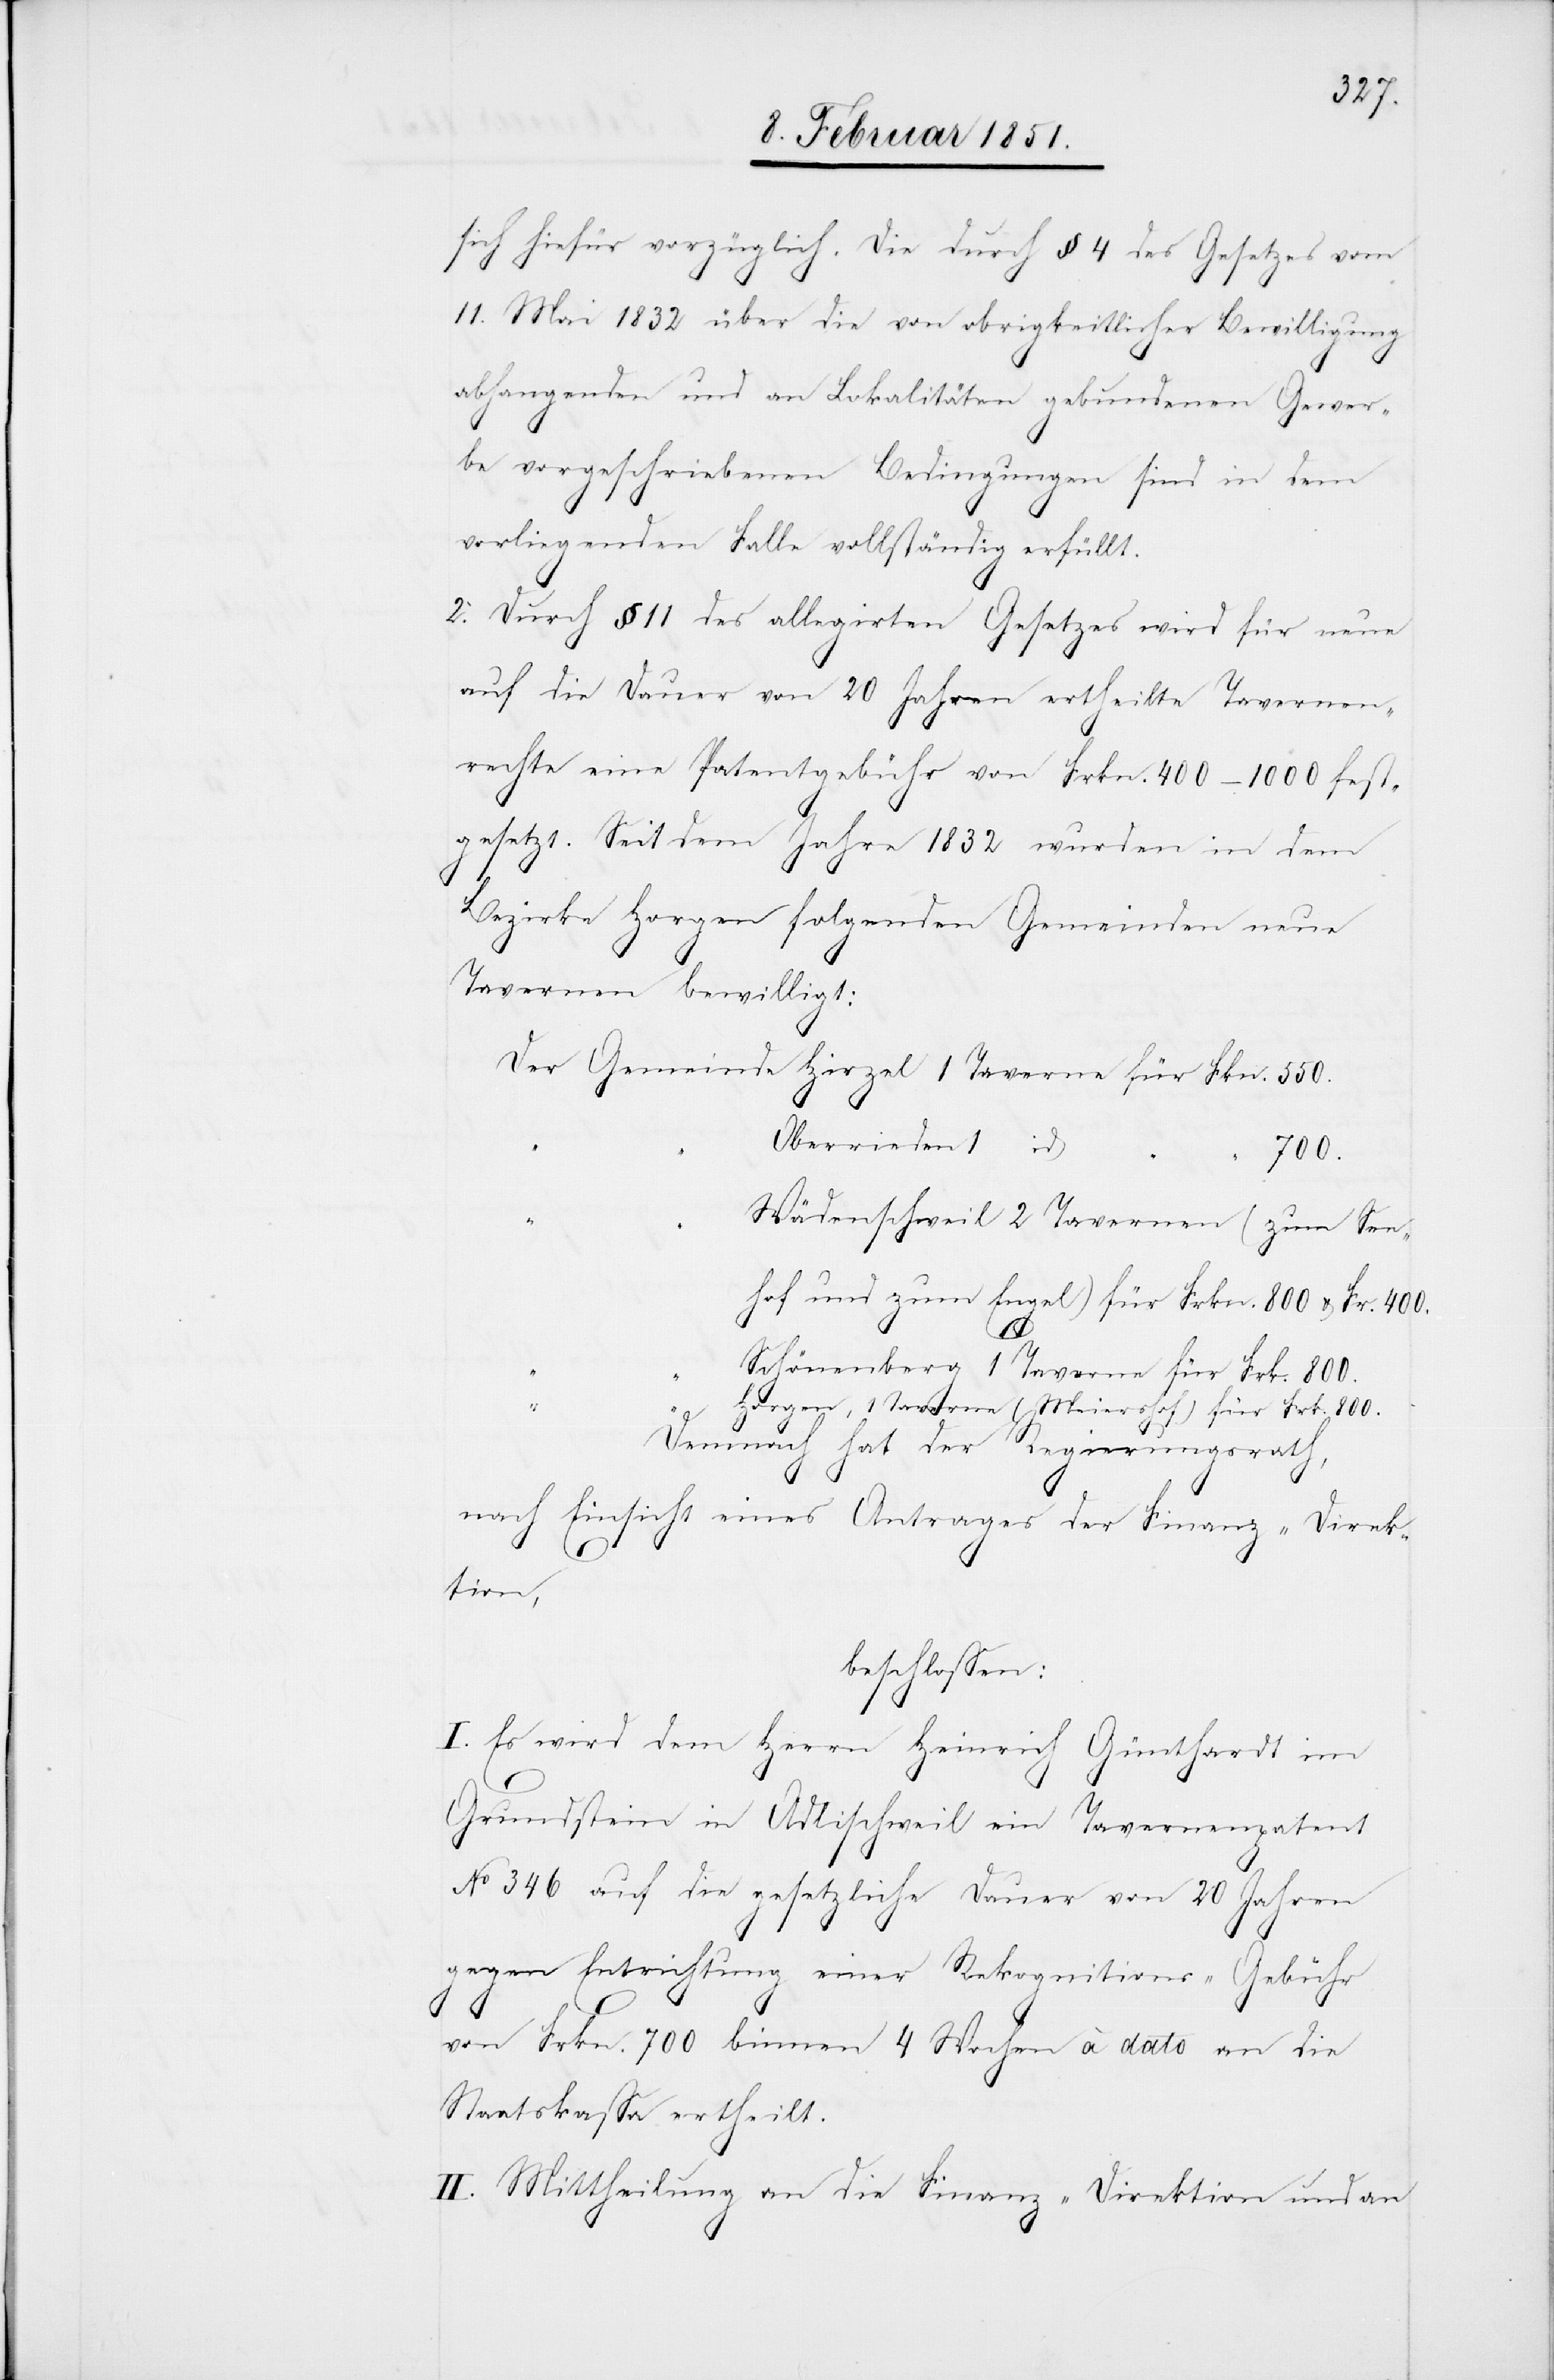
sich hiefür vorzüglich. Die durch § 4 des Gesetzes vom
1
11. Mai 1832 über die von obrigkeitlicher Bewilligung
abhangenden und an Lokalitäten gebundenen Gewer¬
550.
be vorgeschriebenen Bedingungen sind in dem
vorliegenden Falle vollständig erfüllt.
2. Durch § 11 des allegirten Gesetzes wird für neue
auf die Dauer von 20 Jahren ertheilte Tavernen¬
rechte eine Patentgebühr von Frkn. 400–1000 fest¬
gesetzt. Seit dem Jahre 1832 wurden in dem
Se¬
Bezirke Horgen folgenden Gemeinden neue
Tavernen bewilligt:
Oberrieden
800.
ehof und zum Engel) für Frkn. 800 & 	Fr. 400.
Demnach hat der Regierungsrath,
“
nach Einsicht eines Antrages der Finanz-Direk¬
tion,
beschlossen:
I. Es wird dem Herrn Heinrich Günthardt im
Grundstein in Adlischweil ein Tavernenpatent
No 346 auf die gesetzliche Dauer von 20 Jahren
gegen Entrichtung einer Rekognitions-Gebühr
von Frkn. 700 binnen 4 Wochen à dato an die
Staatskassa ertheilt.
II. Mittheilung an die Finanz-Direktion und an